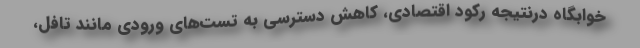
خوابگاه درنتیجه رکود اقتصادی، کاهش دسترسی به تست‌های ورودی مانند تافل،